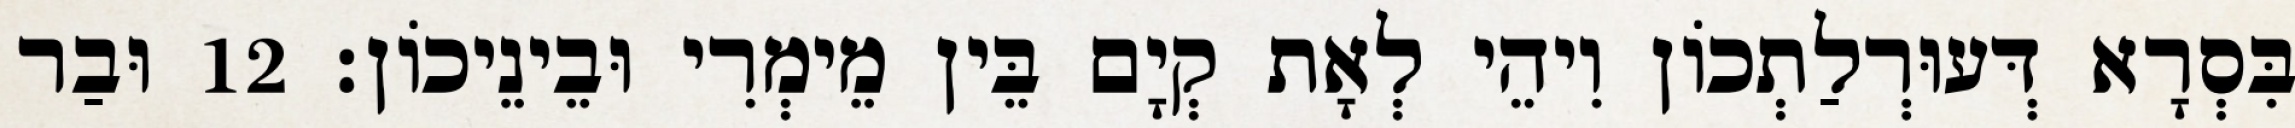
בִּסְרָא דְּעוּרְלַתְכוֹן וִיהֵי לְאָת קְיָם בֵּין מֵימְרִי וּבֵינֵיכוֹן׃ 12 וּבַר